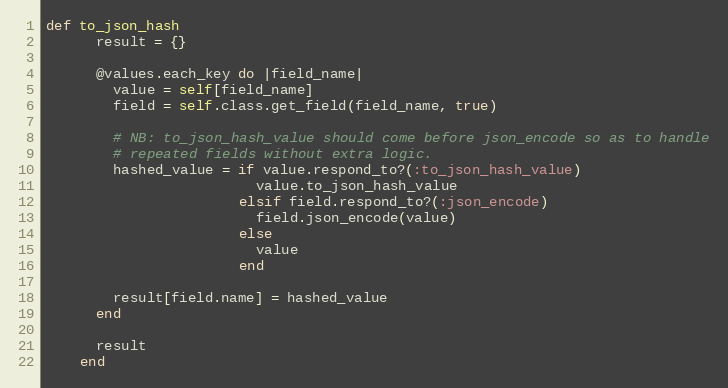
Language: Ruby
def to_json_hash
      result = {}

      @values.each_key do |field_name|
        value = self[field_name]
        field = self.class.get_field(field_name, true)

        # NB: to_json_hash_value should come before json_encode so as to handle
        # repeated fields without extra logic.
        hashed_value = if value.respond_to?(:to_json_hash_value)
                         value.to_json_hash_value
                       elsif field.respond_to?(:json_encode)
                         field.json_encode(value)
                       else
                         value
                       end

        result[field.name] = hashed_value
      end

      result
    end